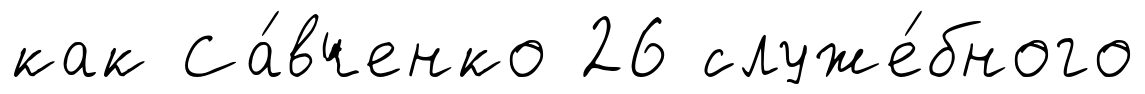
как Са́вченко 26 служе́бного